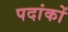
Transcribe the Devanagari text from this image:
पदांकों